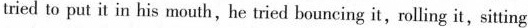
tried to put itin his mouth,he tried bouncing it,rolling it, sitting